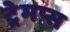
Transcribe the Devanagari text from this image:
ट्रेमप्स